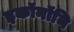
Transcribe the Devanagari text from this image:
इकॉनॉमि